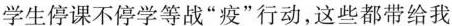
学生停课不停学等战“疫”行动，这些都带给我